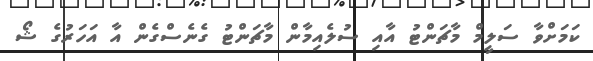
ކަމަށްވާ ސަލީމް މާޗަންޓު އާއި ސުލެއިމާން މާޗަންޓު ގެނެސްގެން އާ އަހަރުގެ ޝޯ